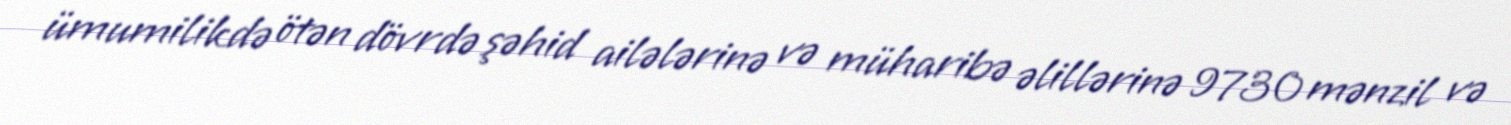
ümumilikdə ötən dövrdə şəhid ailələrinə və müharibə əlillərinə 9730 mənzil və